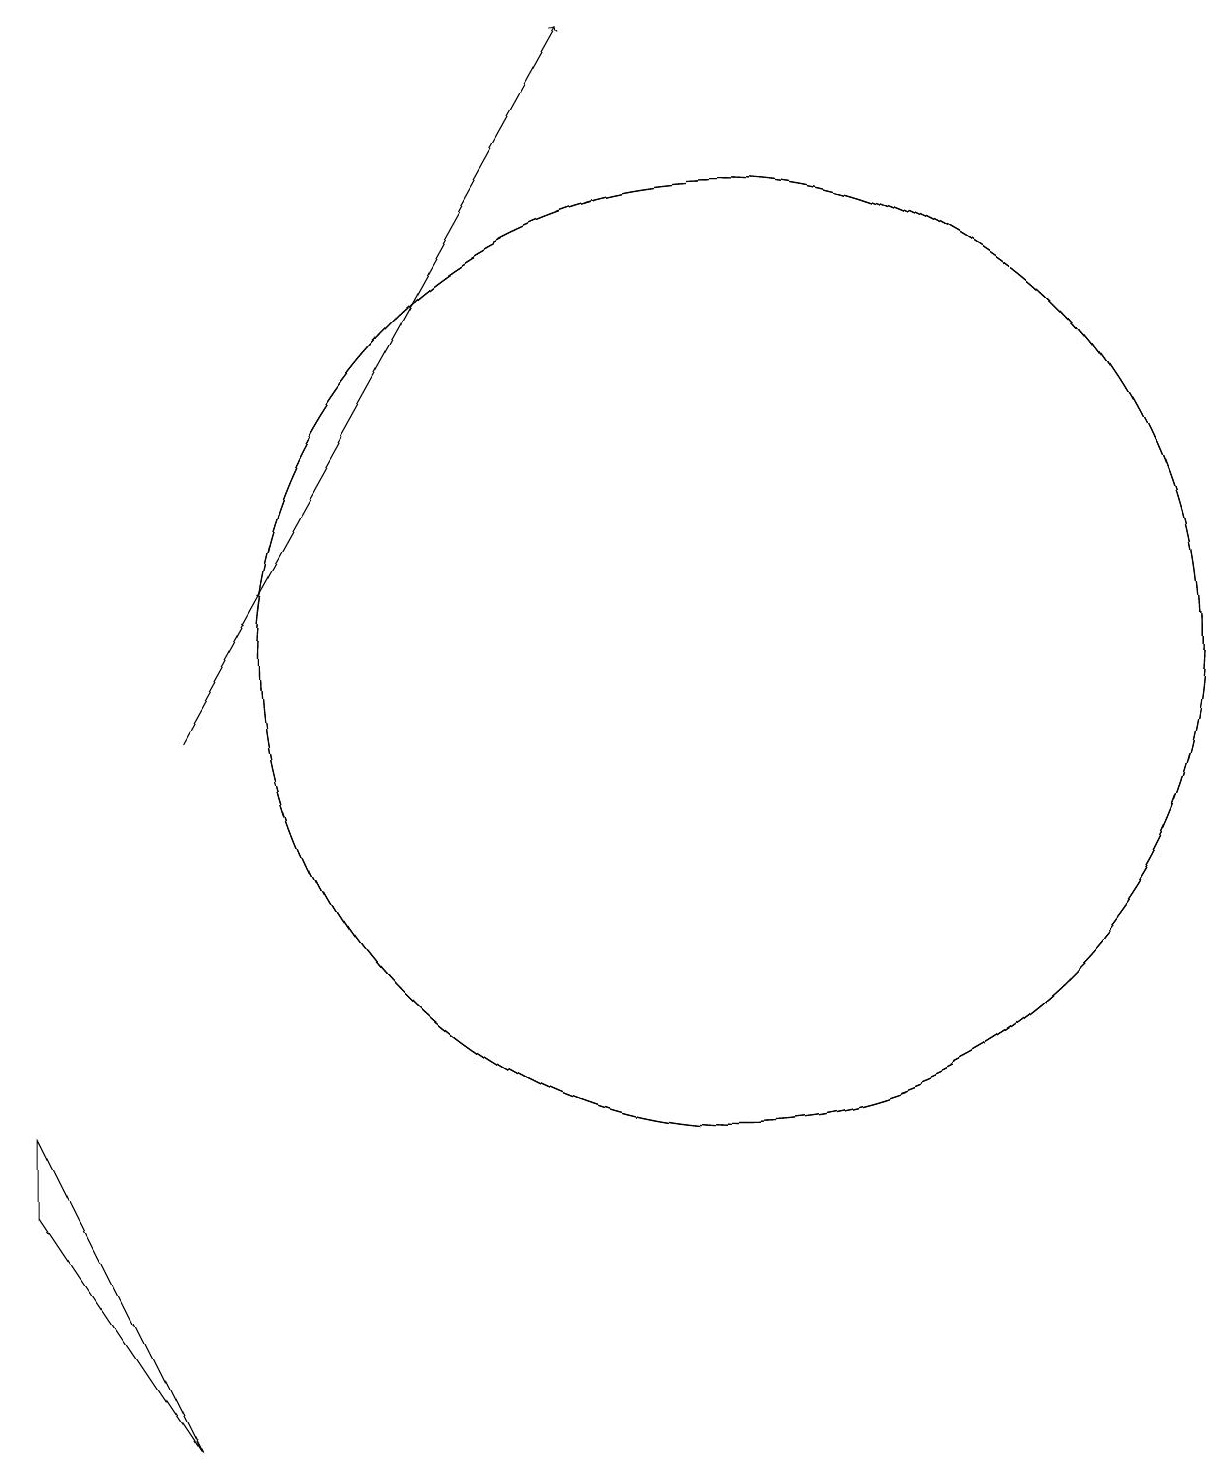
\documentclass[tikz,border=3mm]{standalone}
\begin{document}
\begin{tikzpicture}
\draw (1,4) -- (3,1) -- (1,5) -- cycle;
\draw[->] (3,10) -- (8,19);
\draw (10,11) circle (6);
\draw (10,11) circle (6);
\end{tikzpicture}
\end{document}